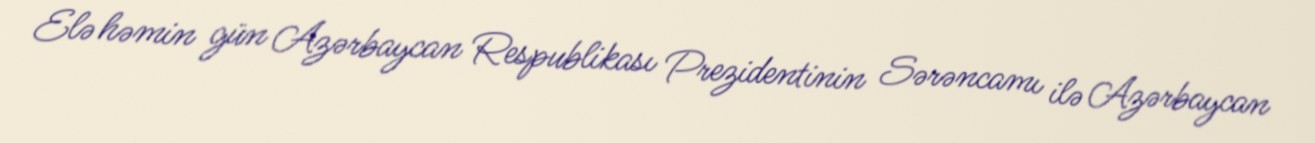
Elə həmin gün Azərbaycan Respublikası Prezidentinin Sərəncamı ilə Azərbaycan